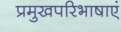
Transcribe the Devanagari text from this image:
प्रमुखपरिभाषाएं